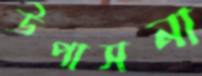
উপাসনা